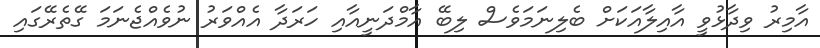
އާމިރު ވިދާޅުވީ އާއިލާއަކަށް ބެލިނަމަވެސް ލިބޭ އާމްދަނީއާއި ހަރަދާ އެއްވަރު ނުވެއްޖެނަމަ ގޭތެރޭގައި